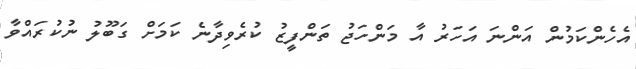
އެހެންކަމުން އަންނަ އަހަރު އާ މަންހަޖު ތަންފީޒު ކުރެވިދާނެ ކަމަށް ގަބޫލު ނުކުރައްވާ